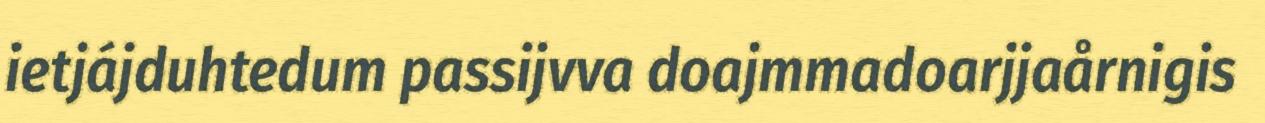
ietjájduhtedum passijvva doajmmadoarjjaårnigis